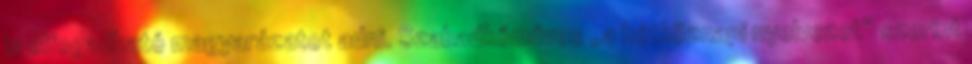
is elfogadható magyarázatot ad­ni. Szabadkőműves „a hétköznapi nyelvezet” szerint